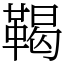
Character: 鞨